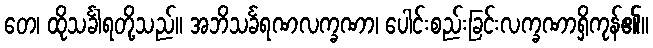
တေ၊ ထိုသင်္ခါရတို့သည်။ အဘိသင်္ခရဏလက္ခဏာ၊ ပေါင်းစည်းခြင်းလက္ခဏာရှိကုန်၏။